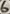
Text: 6